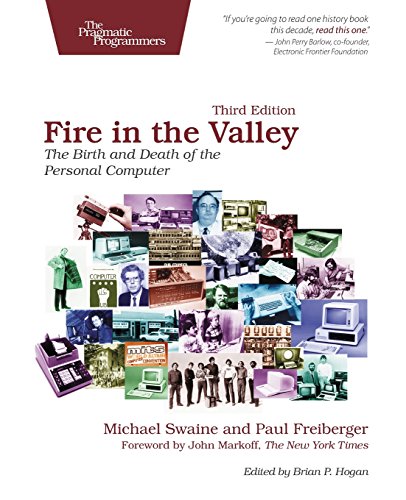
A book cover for Fire in the Valley: The Birth and Death of the Personal Computer; Michael Swaine; Computers & Technology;